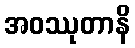
အဝဿုတာနိ